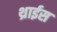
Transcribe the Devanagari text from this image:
थ्राईस